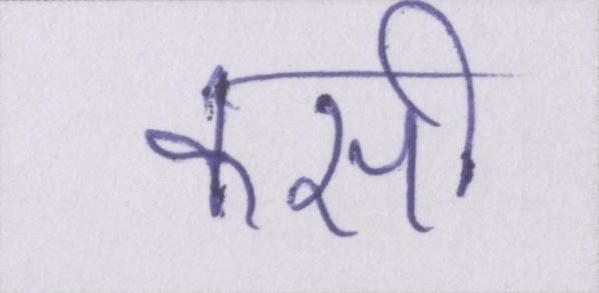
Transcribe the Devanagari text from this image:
कसी